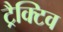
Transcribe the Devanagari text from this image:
ट्रैक्टिव